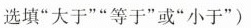
选填”大于””等于”或”小于”)